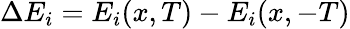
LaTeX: \Delta E_{i}=E_{i}(x,T)-E_{i}(x,-T)